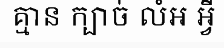
គ្មាន ក្បាច់ លំអ អ្វី